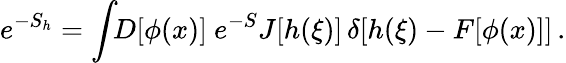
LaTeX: e^{-S_{h}}=\int\! \! D[\phi(x)]\ e^{-S}J[h(\xi)]\, \delta[h(\xi)-F[\phi(x)]]\, .